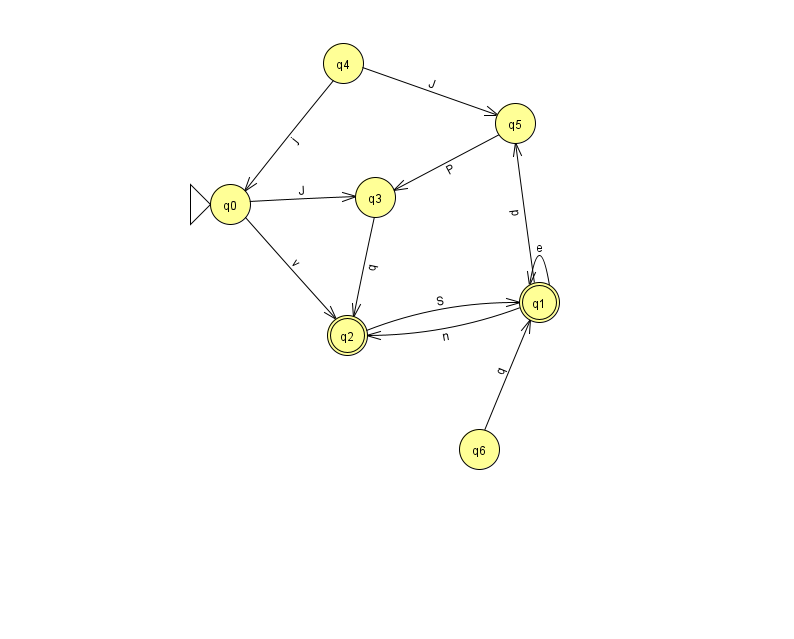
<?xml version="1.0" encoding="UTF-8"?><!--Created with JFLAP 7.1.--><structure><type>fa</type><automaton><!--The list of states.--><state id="0" name="q0"><x>230.0</x><y>191.0</y><initial/></state><state id="1" name="q1"><x>539.0</x><y>289.0</y><final/></state><state id="2" name="q2"><x>347.0</x><y>322.0</y><final/></state><state id="3" name="q3"><x>375.0</x><y>184.0</y></state><state id="4" name="q4"><x>343.0</x><y>50.0</y></state><state id="5" name="q5"><x>515.0</x><y>110.0</y></state><state id="6" name="q6"><x>479.0</x><y>436.0</y></state><!--The list of transitions.--><transition><from>2</from><to>1</to><read>S</read></transition><transition><from>5</from><to>3</to><read>P</read></transition><transition><from>0</from><to>2</to><read>v</read></transition><transition><from>1</from><to>1</to><read>e</read></transition><transition><from>0</from><to>3</to><read>J</read></transition><transition><from>4</from><to>0</to><read>j</read></transition><transition><from>1</from><to>2</to><read>n</read></transition><transition><from>6</from><to>1</to><read>q</read></transition><transition><from>1</from><to>5</to><read>p</read></transition><transition><from>4</from><to>5</to><read>J</read></transition><transition><from>3</from><to>2</to><read>q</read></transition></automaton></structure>